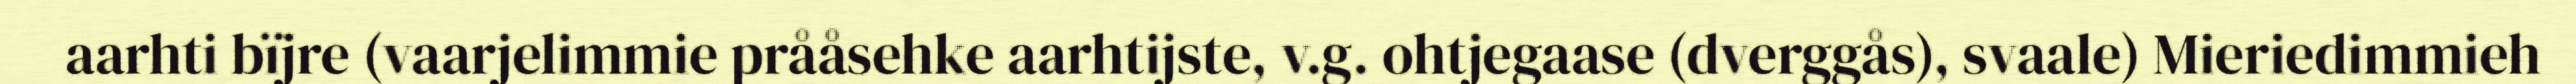
aarhti bïjre (vaarjelimmie prååsehke aarhtijste, v.g. ohtjegaase (dverggås), svaale) Mieriedimmieh